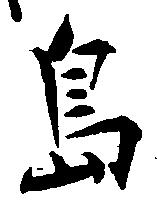
島